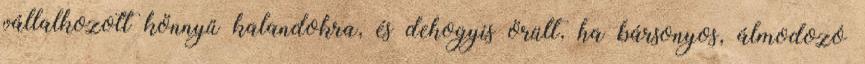
vállalkozott könnyű kalandokra, és dehogyis örült, ha bársonyos, álmodozó